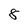
Character: 8